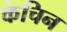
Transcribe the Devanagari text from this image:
केचिन